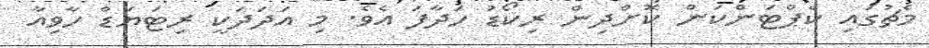
މެޗުގައި ކެޕްޓަންކަން ކޮށްދިން ރިކޯޑު ހަދާފަ އެވެ. މި އަދަދަކީ ރިޓަޔަޑް ހާވިއާ